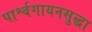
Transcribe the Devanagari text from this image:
पार्श्वगायनसुद्धा